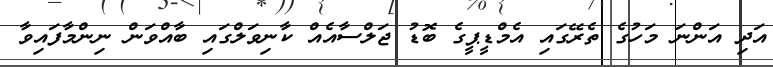
އަދި އަންނަ މަހުގެ ތެރޭގައި އެމްޑީޕީގެ ބޮޑު ޖަލްސާއެއް ކާނިވަލްގައި ބާއްވަން ނިންމާފައިވާ